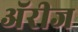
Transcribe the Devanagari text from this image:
अॅरीज